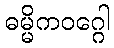
ဓမ္မိကဝဂ္ဂေါ